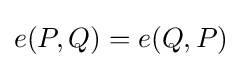
e(P,Q)=e(Q,P)